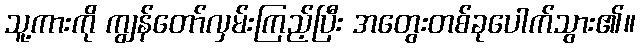
သူ့ကားကို ကျွန်တော်လှမ်းကြည့်ပြီး အတွေးတစ်ခုပေါက်သွား၏။